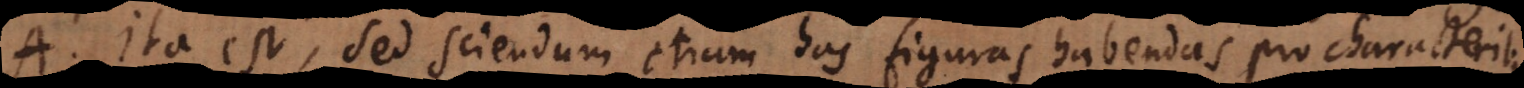
A. Ita est, sed sciendum etiam has figuras habendas pro characteribus,